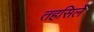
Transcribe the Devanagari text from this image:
तहसिले